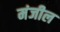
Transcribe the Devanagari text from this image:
मंजील